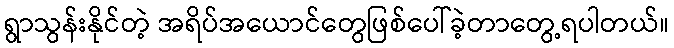
ရွာသွန်းနိုင်တဲ့ အရိပ်အယောင်တွေဖြစ်ပေါ်ခဲ့တာတွေ့ရပါတယ်။